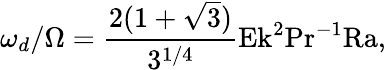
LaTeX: \omega_{d}/\Omega=\frac{2(1+\sqrt{3})}{3^{1/4}}\textrm{Ek}^{2}\textrm{Pr}^{-1}\textrm{Ra},